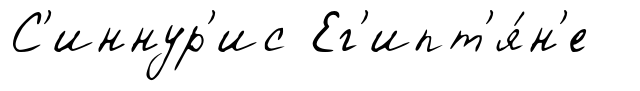
С'иннур'ис Ег'ипт'я́н'е